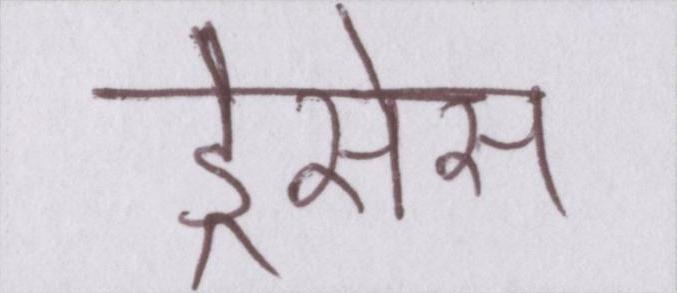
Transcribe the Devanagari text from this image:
ड्रेसेस